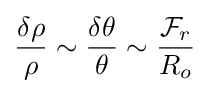
{\frac {\delta \rho }{\rho }}\sim {\frac {\delta \theta }{\theta }}\sim {\frac {{\mathcal {F}}_{r}}{R_{o}}}